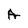
Character: A